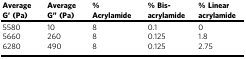
<table><thead><tr><td><b>Average G’ (Pa)</b></td><td><b>Average G” (Pa)</b></td><td><b>% Acrylamide</b></td><td><b>% Bis-acrylamide</b></td><td><b>% Linear acrylamide</b></td></tr></thead><tbody><tr><td>5580</td><td>10</td><td>8</td><td>0.1</td><td>0</td></tr><tr><td>5660</td><td>260</td><td>8</td><td>0.125</td><td>1.8</td></tr><tr><td>6280</td><td>490</td><td>8</td><td>0.125</td><td>2.75</td></tr></tbody></table>